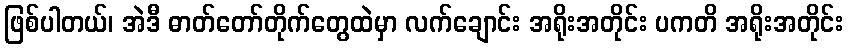
ဖြစ်ပါတယ်၊ အဲဒီ ဓာတ်တော်တိုက်တွေထဲမှာ လက်ချောင်း အရိုးအတိုင်း ပကတိ အရိုးအတိုင်း